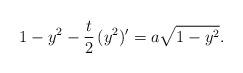
LaTeX: \begin{align*} 1 - y^2 - \frac{t}{2} \,(y^2)' = a \sqrt{1 - y^2}.\end{align*}